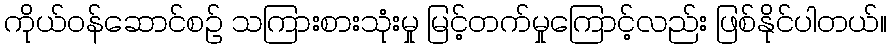
ကိုယ်ဝန်ဆောင်စဉ် သကြားစားသုံးမှု မြင့်တက်မှုကြောင့်လည်း ဖြစ်နိုင်ပါတယ်။